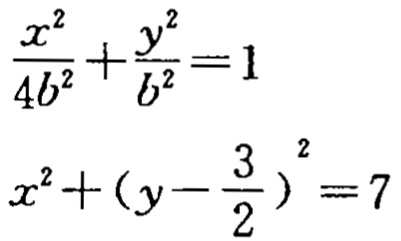
\[\frac{x^{2}}{4b^{2}}+\frac{y^{2}}{b^{2}} = 1\]
\[x^{2}+(y - \frac{3}{2})^{2}=7\]